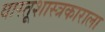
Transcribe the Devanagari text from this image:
वास्तूशास्त्रकाराला